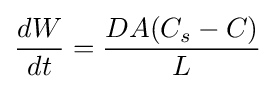
{\frac {dW}{dt}}={\frac {DA(C_{s}-C)}{L}}